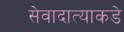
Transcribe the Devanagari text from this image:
सेवादात्याकडे